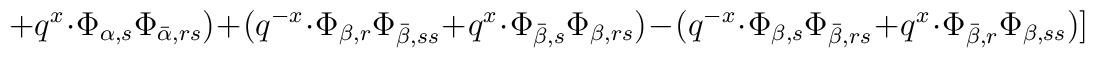
+ q^x \cdot \Phi_{\alpha, s} \Phi_{\bar \alpha, rs}) + (q^{-x} \cdot \Phi_{\beta, r} \Phi_{\bar \beta, ss}+ q^x \cdot \Phi_{\bar \beta, s} \Phi_{\beta, rs}) - (q^{-x} \cdot \Phi_{\beta, s}\Phi_{\bar \beta, rs} + q^x \cdot \Phi_{\bar \beta, r} \Phi_{\beta, ss})]